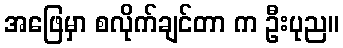
အဖြေမှာ စလိုက်ချင်တာ က ဦးပုည။